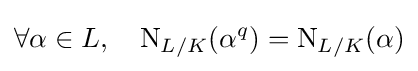
\forall \alpha \in L,\quad \operatorname {N} _{L/K}(\alpha ^{q})=\operatorname {N} _{L/K}(\alpha )